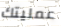
عمليتك